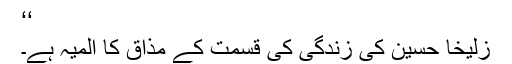
‘‘
زُلیخا حُسین کی زندگی کی قسمت کے مذاق کا المیہ ہے۔